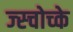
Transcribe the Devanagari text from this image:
ज्स्चोच्के